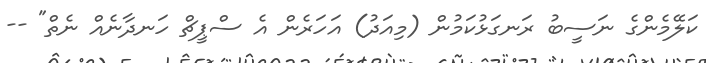
ކަލޭމެންގެ ނަސީބު ރަނގަޅުކަމުން (މިއަދު) އަހަރެން އެ ސްޕީޗް ހަނދާނެއް ނެތް" --